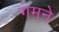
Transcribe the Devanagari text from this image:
गमने